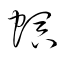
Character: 螟